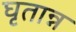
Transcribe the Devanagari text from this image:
घृतान्न